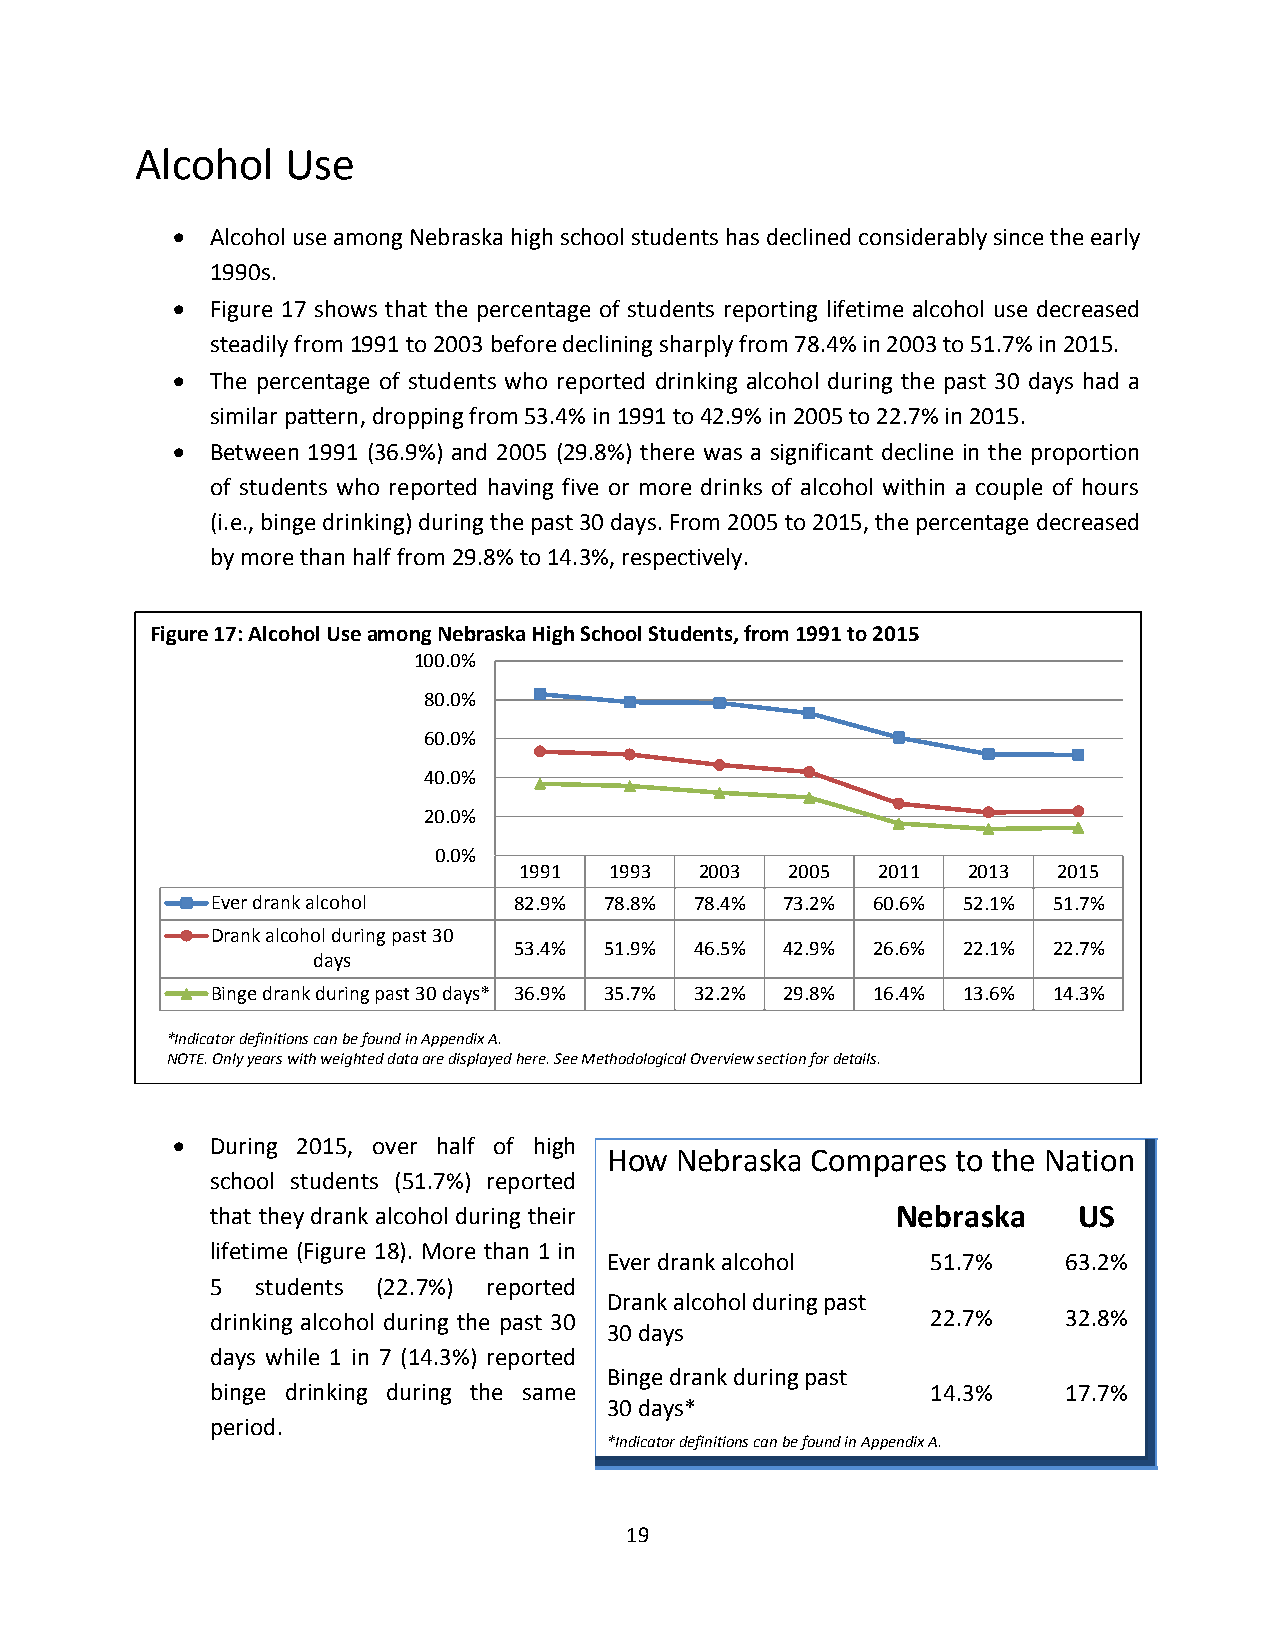
Alcohol   Use
   Alcohol use among Nebraska high school students has declined considerably since the early
 1990s.
   Figure 17 shows that the percentage of students reporting lifetime alcohol use decreased
 steadily from 1991 to 2003 before declining sharply from 78.4% in 2003 to 51.7% in 2015.
   The percentage of students who reported drinking alcohol during the past 30 days had a
 similar pattern, dropping from 53.4% in 1991 to 42.9% in 2005 to 22.7% in 2015.
   Between 1991 (36.9%) and 2005 (29.8%) there was a significant decline in the proportion
 of students who reported having five or more drinks of alcohol within a couple of hours
 (i.e., binge drinking) during the past 30 days. From 2005 to 2015, the percentage decreased
 by more than half from 29.8% to 14.3%, respectively.
 Figure 17: Alcohol Use among Nebraska High School Students, from 1991 to 2015
 100.0%
 80.0%
 60.0%
 40.0%
 20.0%
 0.0%
 1991  1993  2003  2005  2011  2013  2015
 Ever drank alcohol  82.9% 78.8% 78.4% 73.2% 60.6% 52.1% 51.7%
 Drank alcohol during past 30
 53.4% 51.9% 46.5% 42.9% 26.6% 22.1% 22.7%
 days
 Binge drank during past 30 days* 36.9% 35.7% 32.2% 29.8% 16.4% 13.6% 14.3%
 *Indicator definitions can be found in Appendix A.
 NOTE. Only years with weighted data are displayed here. See Methodological Overview section for details.
   During 2015, over half of high
 How  Nebraska Compares to the Nation
 school students (51.7%) reported
 that they drank alcohol during their         Nebraska    US
 lifetime (Figure 18). More than 1 in
 Ever drank alcohol    51.7%    63.2%
 5  students (22.7%) reported
 Drank alcohol during past
 drinking alcohol during the past 30             22.7%    32.8%
 30 days
 days while 1 in 7 (14.3%) reported
 Binge drank during past
 binge drinking during the same                  14.3%    17.7%
 30 days*
 period.
 *Indicator definitions can be found in Appendix A.
 19